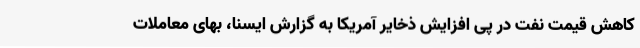
کاهش قیمت نفت در پی افزایش ذخایر آمریکا به گزارش ایسنا، بهای معاملات